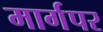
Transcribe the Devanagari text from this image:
मार्गपर